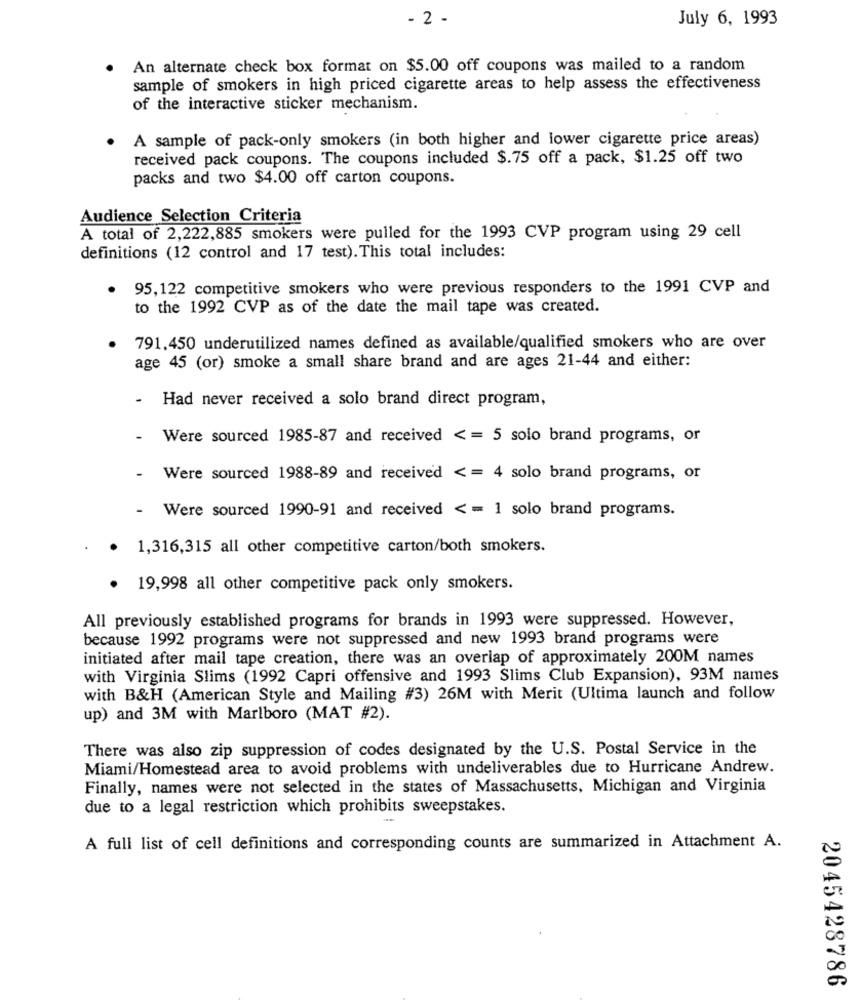
- 2 -
July 6, 1993
An alternate check box format on $5.00 off coupons was mailed to a random
sample of smokers in high priced cigarette areas to help assess the effectiveness
of the interactive sticker mechanism.
A sample of pack-only smokers (in both higher and lower cigarette price areas)
received pack coupons. The coupons included $.75 off a pack, $1.25 off two
packs and two $4.00 off carton coupons.
Audience Selection Criteria
A total of 2,222,885 smokers were pulled for the 1993 CVP program using 29 cell
definitions (12 control and 17 test). This total includes:
95,122 competitive smokers who were previous responders to the 1991 CVP and
.
to the 1992 CVP as of the date the mail tape was created.
791,450 underutilized names defined as available/qualified smokers who are over
age 45 (or) smoke a small share brand and are ages 21-44 and either:
-
Had never received a solo brand direct program,
Were sourced 1985-87 and received < = 5 solo brand programs, or
Were sourced 1988-89 and received < = 4 solo brand programs, or
- Were sourced 1990-91 and received < = 1 solo brand programs.
· 1,316,315 all other competitive carton/both smokers.
· 19,998 all other competitive pack only smokers.
All previously established programs for brands in 1993 were suppressed. However,
because 1992 programs were not suppressed and new 1993 brand programs were
initiated after mail tape creation, there was an overlap of approximately 200M names
with Virginia Slims (1992 Capri offensive and 1993 Slims Club Expansion), 93M names
with B&H (American Style and Mailing #3) 26M with Merit (Ultima launch and follow
up) and 3M with Marlboro (MAT #2).
There was also zip suppression of codes designated by the U.S. Postal Service in the
Miami/Homestead area to avoid problems with undeliverables due to Hurricane Andrew.
Finally, names were not selected in the states of Massachusetts, Michigan and Virginia
due to a legal restriction which prohibits sweepstakes.
A full list of cell definitions and corresponding counts are summarized in Attachment A.
2045428786